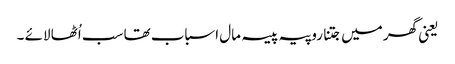
یعنی گھر میں جتنا روپیہ پیسہ مال اسباب تھا سب اُٹھا لائے ۔